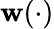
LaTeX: \mathbf{w}(\cdot)